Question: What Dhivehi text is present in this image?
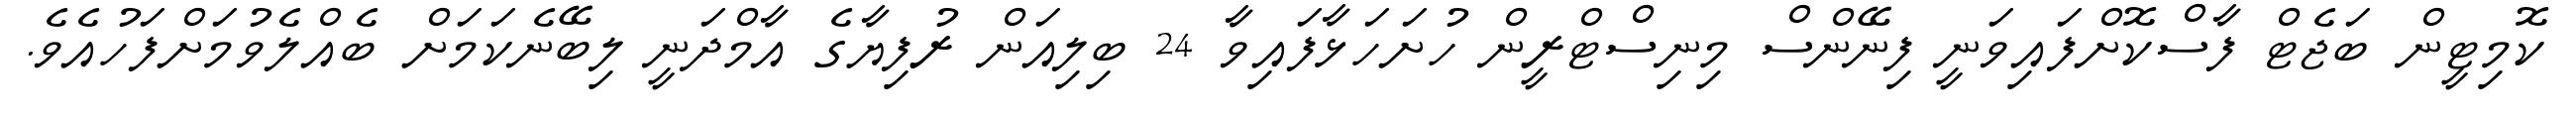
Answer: ކޮމިޓީން ބަޖެޓް ފާސްކޮށްފައިވަނީ ފިނޭންސް މިނިސްޓްރީން ހުށަހަޅާފައިވާ 24 ބިލިއަން ރުފިޔާގެ އާމްދަނީ ލިބޭނެކަމަށް ބެއްލެވުމަށްފަހުއެވެ.